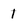
Character: 1